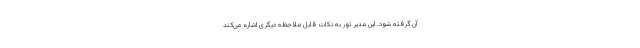
آن گرفته شود. این مدیر تور به نکات قابل ملاحظه دیگری اشاره می‌کند